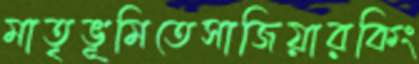
মাতৃভূমিতেসাজিয়ারকিং